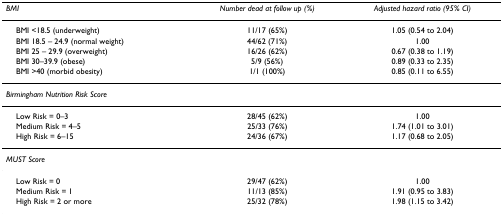
| BMI | Number dead at follow up (%) | Adjusted hazard ratio (95% CI) |
 | --- | --- | --- |
 | BMI <18.5 (underweight) | 11/17 (65%) | 1.05 (0.54 to 2.04) |
 | BMI 18.5 – 24.9 (normal weight) | 44/62 (71%) | 1.00 |
 | BMI 25 – 29.9 (overweight) | 16/26 (62%) | 0.67 (0.38 to 1.19) |
 | BMI 30–39.9 (obese) | 5/9 (56%) | 0.89 (0.33 to 2.35) |
 | BMI >40 (morbid obesity) | 1/1 (100%) | 0.85 (0.11 to 6.55) |
 | Birmingham Nutrition Risk Score |  |  |
 | Low Risk = 0–3 | 28/45 (62%) | 1.00 |
 | Medium Risk = 4–5 | 25/33 (76%) | 1.74 (1.01 to 3.01) |
 | High Risk = 6–15 | 24/36 (67%) | 1.17 (0.68 to 2.05) |
 | MUST Score |  |  |
 | Low Risk = 0 | 29/47 (62%) | 1.00 |
 | Medium Risk = 1 | 11/13 (85%) | 1.91 (0.95 to 3.83) |
 | High Risk = 2 or more | 25/32 (78%) | 1.98 (1.15 to 3.42) |